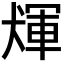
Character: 𤟴